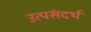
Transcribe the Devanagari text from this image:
उत्पसंदर्भ